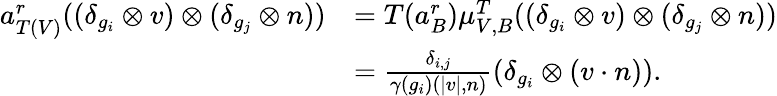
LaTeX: \begin{array}{rl}{a_{T(V)}^{r}((\delta_{g_{i}}\otimes v)\otimes(\delta_{g_{j}}\otimes n))}&{=T(a_{B}^{r})\mu_{V,B}^{T}((\delta_{g_{i}}\otimes v)\otimes(\delta_{g_{j}}\otimes n))}\\ &{=\frac{\delta_{i,j}}{\gamma(g_{i})(|v|,n)}(\delta_{g_{i}}\otimes(v\cdot n)).}\end{array}